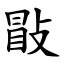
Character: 㪞